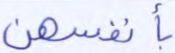
بأنفسهن